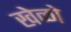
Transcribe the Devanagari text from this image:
खेळो